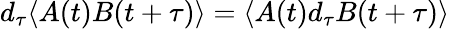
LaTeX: d_{\tau}\langle A(t)B(t+\tau)\rangle=\langle A(t)d_{\tau}B(t+\tau)\rangle